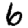
Digit: 6